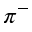
\pi ^ { - }